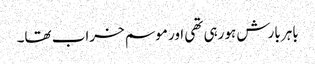
باہر بارش ہورہی تھی اور موسم خراب تھا۔